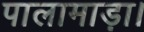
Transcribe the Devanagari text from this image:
पालामाड़ा।